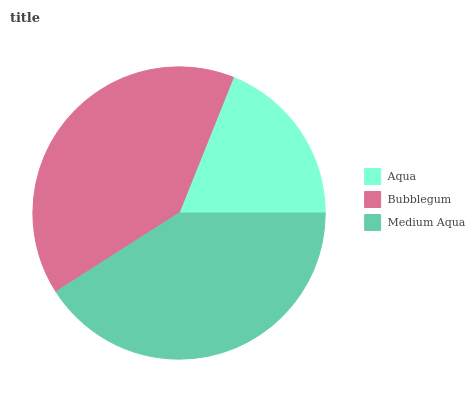
| Aqua | Bubblegum | Medium Aqua |
 | --- | --- | --- |
 | 18.9% | 40.1% | 40.9% |